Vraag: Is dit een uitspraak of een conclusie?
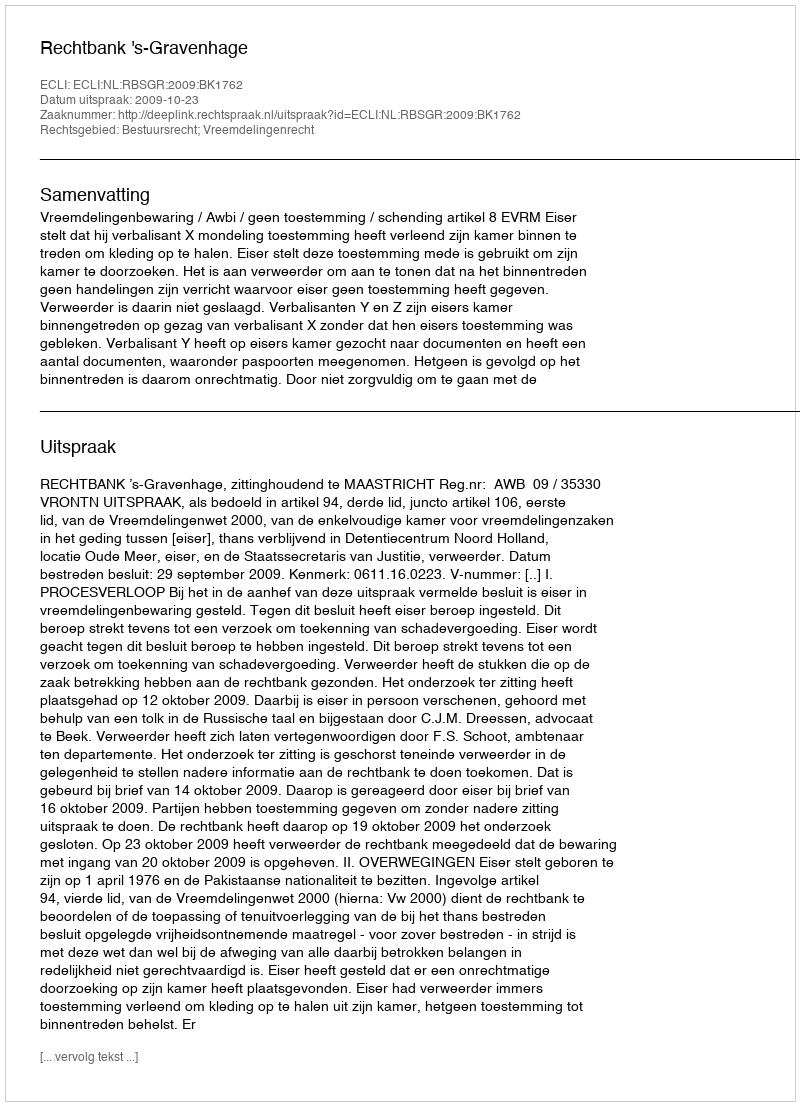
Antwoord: Uitspraak